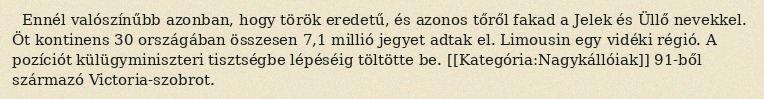
Ennél valószínűbb azonban, hogy török eredetű, és azonos tőről fakad a Jelek és Üllő nevekkel. Öt kontinens 30 országában összesen 7,1 millió jegyet adtak el. Limousin egy vidéki régió. A pozíciót külügyminiszteri tisztségbe lépéséig töltötte be. [[Kategória:Nagykállóiak]] 91-ből származó Victoria-szobrot.